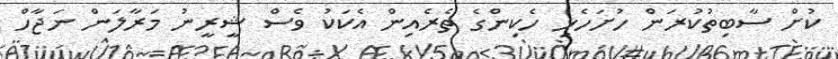
ކުށް ސާބިތުކުރަން ހުށަހެޅި ހެކިންގެ ތެރެއިން އެކަކު ވެސް ޝީރީނު މަރާލަން ނަޖާހް